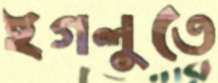
ইগলুতে